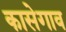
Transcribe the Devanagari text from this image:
कासेगाव